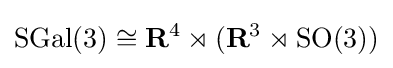
\mathrm {SGal} (3)\cong \mathbf {R} ^{4}\rtimes (\mathbf {R} ^{3}\rtimes \mathrm {SO} (3))